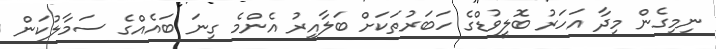
ނިމިގެން މިދާ އަހަރު ބޮލީވުޑްގެ ހަބަރުތަކަށް ބަލާއިރު އެންމެ ގިނަ ބައެއްގެ ސަމާލުކަން